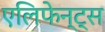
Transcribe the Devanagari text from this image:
एलिफेन्ट्स